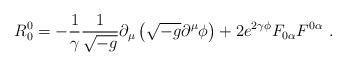
LaTeX: \begin{align*}R_0^0 = - \frac{1}{\gamma} \frac{1}{\sqrt{-g}} \partial_\mu \left(\sqrt{-g} \partial^\mu \phi\right) + 2 e^{2 \gamma \phi} F_{0\alpha} F^{0\alpha} \ .\end{align*}